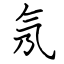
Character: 氖